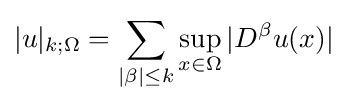
|u|_{k;\Omega }=\sum _{|\beta |\leq k}\sup _{x\in \Omega }|D^{\beta }u(x)|